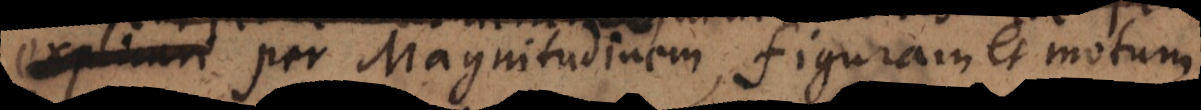
possunt per Magnitudinem, Figuram et motum.